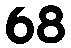
68